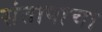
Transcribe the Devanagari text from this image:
संतापाचा